Vaccination Hyderabad 1890-1903 - 1890-1903
Year: 1890
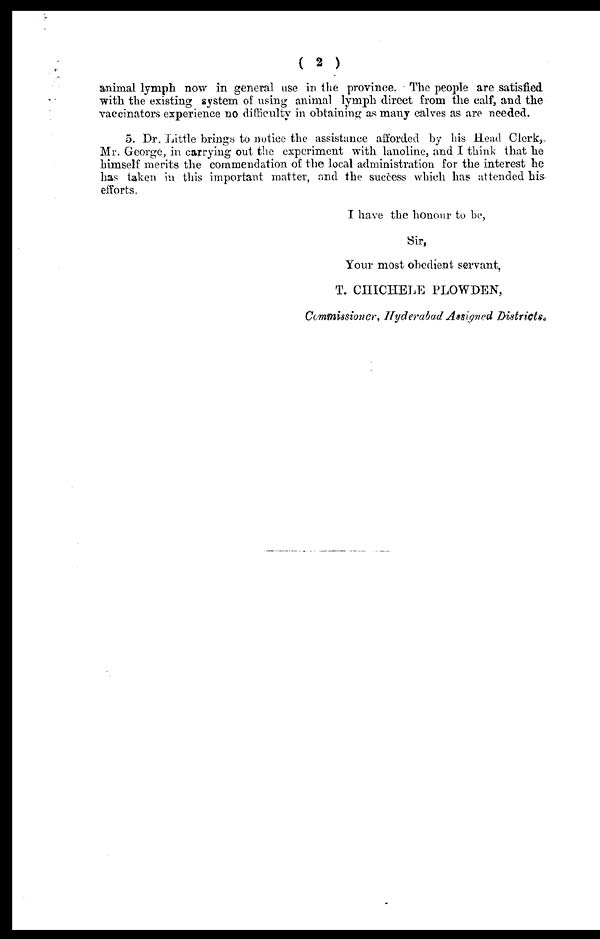
( 2 )
animal lymph now in general use in the province. The people are satisfied
with the existing system of using animal lymph direct from the calf, and the
vaccinators experience no difficulty in obtaining as many calves as are needed.
5. Dr. Little brings to notice the assistance afforded by his Head Clerk,.
Mr. George, in carrying out the experiment with lanoline, and I think that he
himself merits the commendation of the local administration for the interest he
has taken in this important matter, and the success which has attended his-
efforts.
I have the honour to be,
Sir,
Your most obedient servant,
T. CHICHELE PLOWDEN,
Commissioner, Hyderabad Assigned Districts.